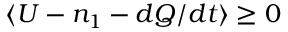
\langle U - n _ { 1 } - d Q / d t \rangle \geq 0